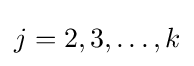
j=2,3,\ldots ,k